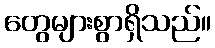
တွေများစွာရှိသည်။